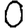
Digit: 0